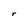
Character: r